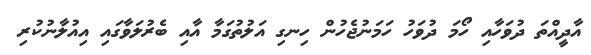
އާދީއްތަ ދުވަހާއި ހޯމަ ދުވަހު ހަމަނުޖެހުން ހިނގި އަލުތުގަމާ އާއި ބެރުލަވާގައި އިއުލާނުކުރި